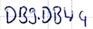
Text: DB9.DB44